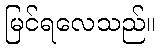
မြင်ရလေသည်။